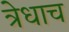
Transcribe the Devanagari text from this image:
त्रेधाच